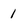
Character: 1